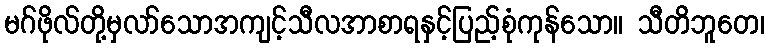
မဂ်ဖိုလ်တို့မှလာ်သောအကျင့်သီလအာစာရနှင့်ပြည့်စုံကုန်သော။ သီတိဘူတေ၊